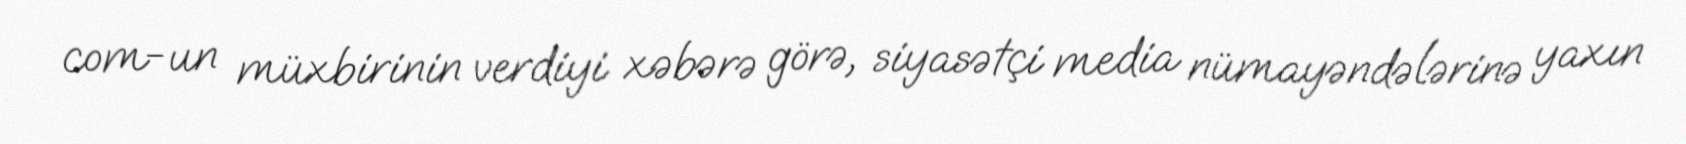
com-un müxbirinin verdiyi xəbərə görə, siyasətçi media nümayəndələrinə yaxın